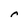
Character: r